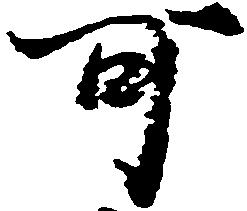
可